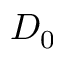
D _ { 0 }